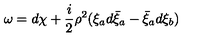
\omega = d \chi + \frac { i } { 2 } \rho ^ { 2 } ( \xi _ { a } d \bar { \xi } _ { a } - \bar { \xi } _ { a } d \xi _ { b } )